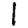
Digit: 1